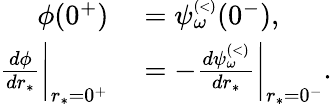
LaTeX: \begin{array}{rl}{\phi(0^{+})}&{{}=\psi_{\omega}^{\scriptscriptstyle(<)}(0^{-}),}\\ {\frac{d\phi}{dr_{*}}\bigg|_{r_{*}=0^{+}}}&{{}=-\frac{d\psi_{\omega}^{\scriptscriptstyle(<)}}{dr_{*}}\bigg|_{r_{*}=0^{-}}.}\end{array}